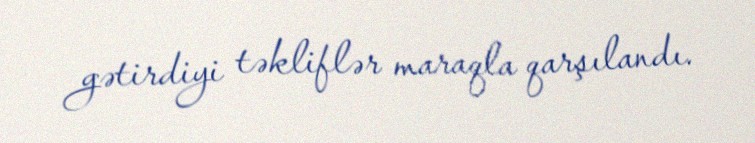
gətirdiyi təkliflər maraqla qarşılandı.